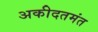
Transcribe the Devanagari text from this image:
अकीदतमंत